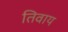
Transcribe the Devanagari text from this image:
तिवाय